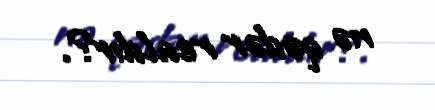
nə qədər realdır?.